Annual report on the working of the lock hospitals in the Central Provinces
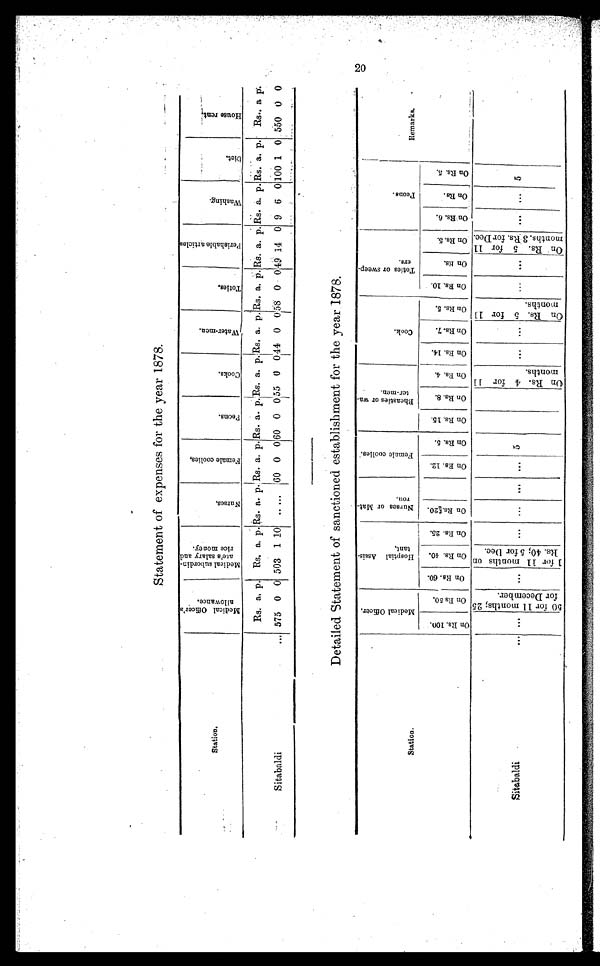
Statement of expenses for the year 1878.
Station.
M e d i c a l O f f i c e r ' s a l l o w a n c e . M e d i c a l s u b o r d i n a t e ' s s a l a r y a n d r i c e m o n e y .
N u r s e s .
F e m a l e c o o l i e s ,
P e o n s .
Cooks.
W a t e r - m e n .
T o t i e s .
P e r i s h a b l e a r t i c l e s
W a s h i n g .
D i e t .
H o u s e r e n t .
R s .
a,p.
R s .
a.p. R s .
a.p. R s .
a.p. R s .
a.p. R s .
a. p . R s .
a.p. R s .
a.p. R s .
a.p. R s .
a.p. R s .
a.p.Rs.a.p.
Sitabaldi
. . .
5 7 5
0 0
5 0 3
1 10 . .
...
6 0
0 0
6 0
0 0 5 5 0 0 4 4
0 0
5 8
0 0
4 9
140 9 6 0
1 0 0
1 0 5500 0
Detailed Statement of sanctioned establishment for the year 1878.
2 0
Station.
M e d i c a l O f f i c e r .
H o s p t i a l A s s i s - t a n t .
Nurses or Mat-rou.
F e m a l e c o o l i e s .
B h e a s t i e s o r w a - t e r - m e n .
C o o k .
T o t i e s o r s w e e p - e r s .
P e o n s .
R e m a r k s .
O n R s . 1 0 0 . O n R s . 5 0 .
O n R s . 6 0 .
O n R s . 4 0 .
O n R s . 2 5 .
O n R s . 2 0 .
O n R s . 1 2 .
O n R s . 5
O n R s . 1 5 .
O n R s . 8 .
O n R s . 4 .
O n R s . 1 4 .
O n R s . 7 .
O n R s . 5
O n R s . 1 0 .
O n R s .
O n R s . 5 .
O n R s . 6 .
O n R s .
O n R s . 5 .
. . .
. . .
O n R s . 5 f o r 1 1
m o n t h s .
......
O n R s . 5 f o r 1 1
m o n t h s , 3 R s . f o r D e c .
. . .
. . .
5
O n R s . 4 f o r 1 1
months.
Sitabaldi
. . .
. . .
5 0 f o r 1 1 m o n t h s ; 2 5
f o r D e c e m b e r .
. . .
1 f o r 1 1 m o n t h s o n
R s . 4 0 ; 5 f o r D e c .
. . .
......... 5